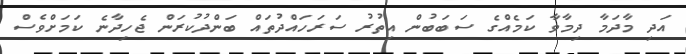
އަދި މާދަމާ ދިމާވާ ކަމެއްގެ ސަބަބުން އިތުރު ސަރަހައްދުތައް ބަންދުކުރަން ޖެހިދާނެ ކަމަށްވެސް